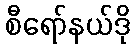
စီရော်နယ်ဒို